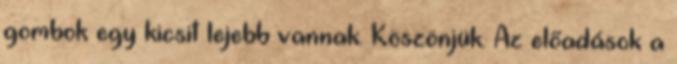
gombok egy kicsit lejebb vannak. Köszönjük. Az előadások a